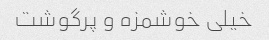
خیلی خوشمزه و پرگوشت